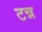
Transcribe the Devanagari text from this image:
टन्न